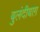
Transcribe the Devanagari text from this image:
बुलंदीबाग़